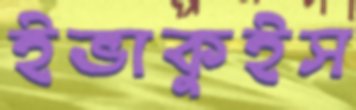
ইভাকুইস